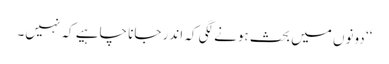
‘‘ دونوں میں بحث ہونے لگی کہ اندر جانا چاہیے کہ نہیں۔